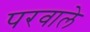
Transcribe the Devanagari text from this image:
परवाले